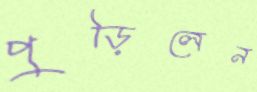
পুড়িলেন